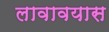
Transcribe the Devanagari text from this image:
लावावयास